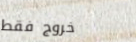
خروج فقط